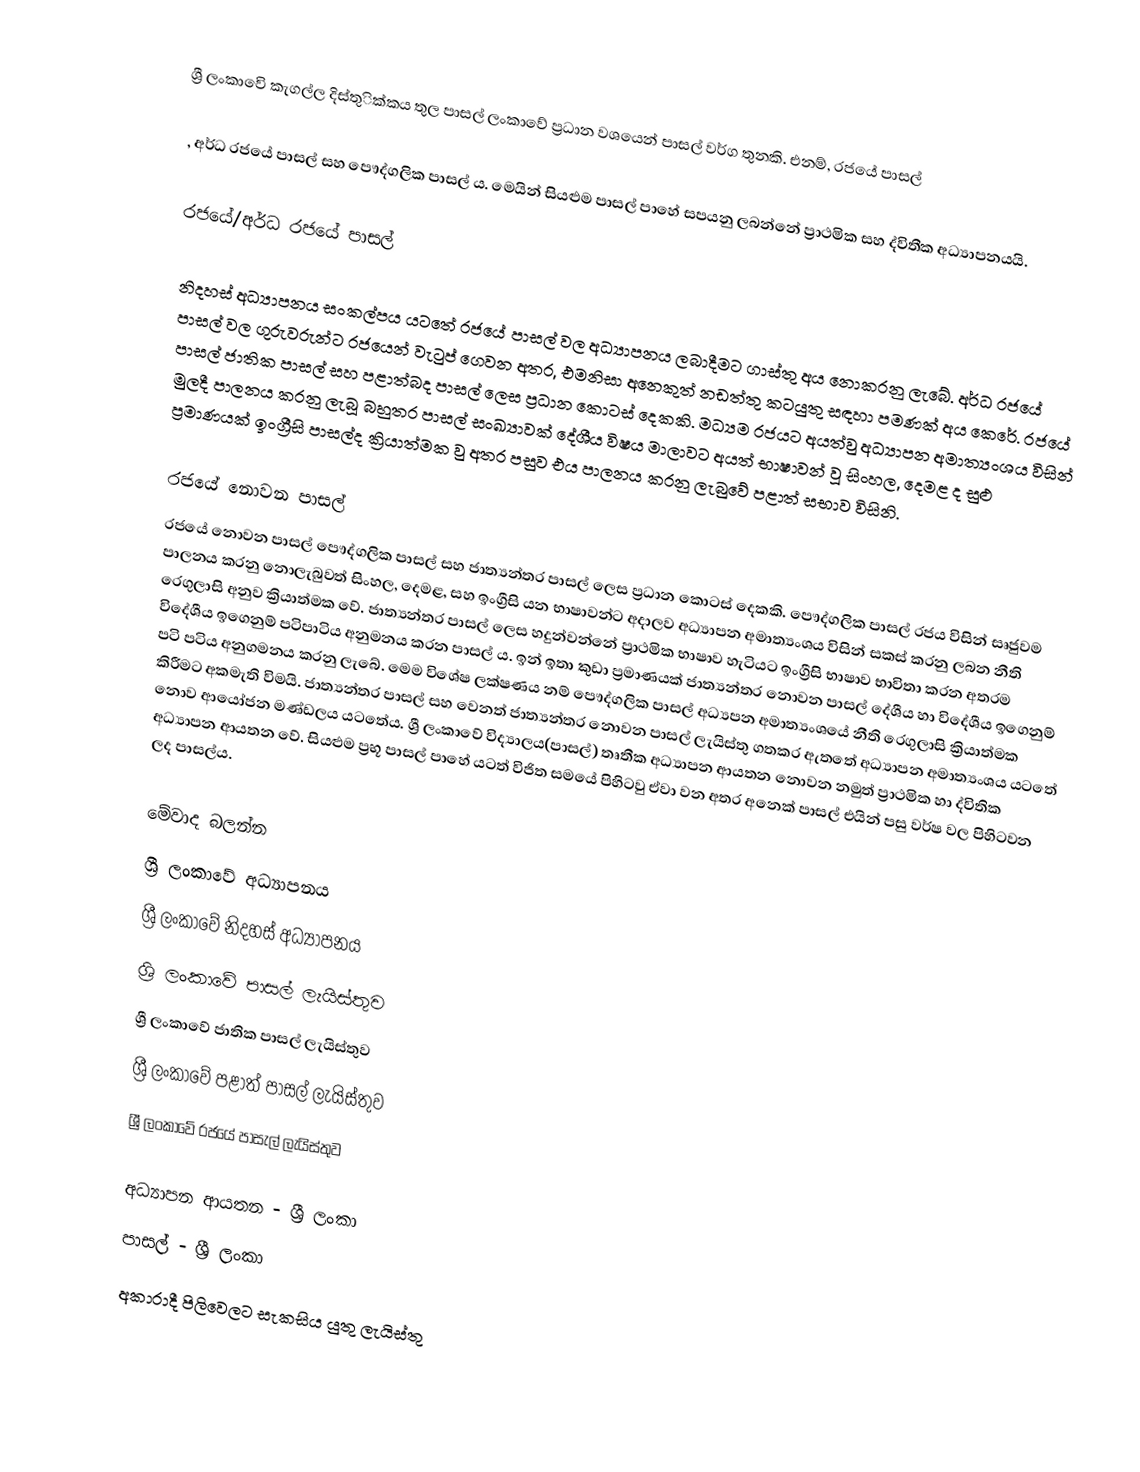
ශ්‍රී ලංකාවෙි  කැගල්ල දිස්තුික්කය තුල පාසල් ලංකාවේ ප්‍රධාන වශයෙන් පාසල් වර්ග තුනකි. එනම්, රජයේ පාසල්

, අර්ධ රජයේ පාසල් සහ පෞද්ගලික පාසල් ය. මෙයින් සියළුම පාසල් පාහේ සපයනු ලබන්නේ ප්‍රාථමික සහ ද්විතීක අ‍ධ්‍යාපනයයි.

රජයේ/අර්ධ රජයේ පාසල්

නිදහස් අධ්‍යාපනය සංකල්පය යටතේ රජයේ පාසල් වල අධ්‍යාපනය ලබාදීමට ගාස්තු අය නොකරනු ලැබේ. අර්ධ රජයේ පාසල් වල ගුරුවරුන්ට රජයෙන් වැටුප් ගෙවන අතර, එමනිසා අනෙකුත් නඩත්තු කටයුතු සඳහා පමණක් අය කෙරේ. රජයේ පාසල් ජාතික පාසල් සහ පළාත්බද පාසල් ලෙස ප්‍රධාන කොටස් දෙකකි. මධ්‍යම රජයට අයත්වු අධ්‍යාපන අමාත්‍යංශය විසින් මුලදී පාලනය කරනු ලැබූ බහුතර පාසල් සංඛ්‍යාවක් දේශීය විෂය මාලාවට අයත් භාෂාවන් වූ සිංහල, දෙමළ ද සුළු ප්‍රමාණයක් ඉංග්‍රීසි පාසල්ද ක්‍රියාත්මක වු අතර පසුව එය පාලනය කරනු ලැබුවේ පළාත් සභාව විසිනි.

රජයේ නොවන පාසල්
රජයේ නොවන පාසල් පෞද්ගලික පාසල් සහ ජාත්‍යන්තර පාසල් ලෙස ප්‍රධාන කොටස් දෙකකි. පෞද්ගලික පාසල් රජය විසින් සෘජුවම පාලනය කරනු නොලැබුවත් සිංහල, දෙමළ, සහ ඉංග්‍රීසි යන භාෂාවන්ට අදාලව අධ්‍යාපන අමාත්‍යංශය විසින් සකස් කරනු ලබන නීති රෙගුලාසි අනුව ක්‍රියාත්මක වේ. ජාත්‍යන්තර පාසල් ලෙස හදුන්වන්නේ ප්‍රාථමික භාෂාව හැටියට ඉංග්‍රීසි භාෂාව භාවිතා කරන අතරම විදේශීය ඉගෙනුම් පටිපාටිය අනුමනය කරන පාසල් ය. ඉන් ඉතා කුඩා ප්‍රමාණයක් ජාත්‍යන්තර නොවන පාසල් දේශීය හා විදේශීය ඉගෙනුම් පටි පටිය අනුගමනය කරනු ලැබේ. මෙම විශේෂ ලක්ෂණය නම් පෞද්ගලික පාසල් අධ්‍යපන අමාත්‍යංශයේ නීති රෙගුලාසි ක්‍රියාත්මක කිරීමට අකමැති විමයි. ජාත්‍යන්තර පාසල් සහ වෙනත් ජාත්‍යන්තර නොවන පාසල් ලැයිස්තු ගතකර ඇතතේ අ‍ධ්‍යාපන අමාත්‍යංශය යටතේ නොව ආයෝජන මණ්ඩලය යටතේය. ශ්‍රී ලංකාවේ විද්‍යාලය(පාසල්) තෘතීක අධ්‍යාපන ආයතන නොවන නමුත් ප්‍රාථමික හා ද්විතික අධ්‍යාපන ආයතන වේ. සියළුම ප්‍රභූ පාසල් පාහේ යටත් විජිත සමයේ පිහිටවු ඒවා වන අතර අනෙක් පාසල් එයින් පසු වර්ෂ වල පිහිටවන ලද පාසල්ය.

මේවාද බලන්න
 ශ්‍රී ලංකාවේ අධ්‍යාපනය
 ශ්‍රී ලංකාවේ නිදහස් අධ්‍යාපනය
 ශ්‍රි ලංකාවේ පාසල් ලැයිස්තුව
 ශ්‍රී ලංකාවේ ජාතික පාසල් ලැයිස්තුව
 ශ්‍රී ලංකාවේ පළාත් පාසල් ලැයිස්තුව
 ශ්‍රී ලංකාවේ රජයේ පාසැල් ලැයිස්තුව

අධ්‍යාපන ආයතන - ශ්‍රී ලංකා
පාසල් - ශ්‍රී ලංකා
අකාරාදී පිලිවෙලට සැකසිය යුතු ලැයිස්තු